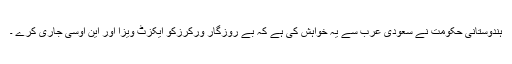
ہندوستانی حکومت نے سعودی عرب سے یہ خواہش کی ہے کہ بے روزگار ورکرزکو ایکزٹ ویزا اور این اوسی جاری کرے ۔